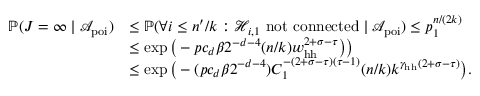
\begin{array} { r l } { \mathbb { P } ( J = \infty \mid { \mathcal A } _ { \mathrm { p o i } } ) } & { \le \mathbb { P } ( \forall i \le n ^ { \prime } / k : { \mathcal H } _ { i , 1 } \mathrm { ~ n o t ~ c o n n e c t e d } \mid { \mathcal A } _ { \mathrm { p o i } } ) \le p _ { 1 } ^ { n / ( 2 k ) } } \\ & { \le \exp \big ( - p c _ { d } \beta 2 ^ { - d - 4 } ( n / k ) w _ { \mathrm { h h } } ^ { 2 + \sigma - \tau } \big ) \big ) } \\ & { \le \exp \big ( - ( p c _ { d } \beta 2 ^ { - d - 4 } ) C _ { 1 } ^ { - ( 2 + \sigma - \tau ) ( \tau - 1 ) } ( n / k ) k ^ { \gamma _ { \mathrm { h h } } ( 2 + \sigma - \tau ) } \big ) . } \end{array}